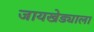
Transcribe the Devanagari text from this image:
जायखेड्याला